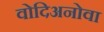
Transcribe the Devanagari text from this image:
वोदिअनोवा